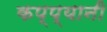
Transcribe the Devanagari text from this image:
कप्प्यानी